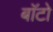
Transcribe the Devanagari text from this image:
बाॅटो